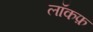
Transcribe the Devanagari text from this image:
लॉकफ़